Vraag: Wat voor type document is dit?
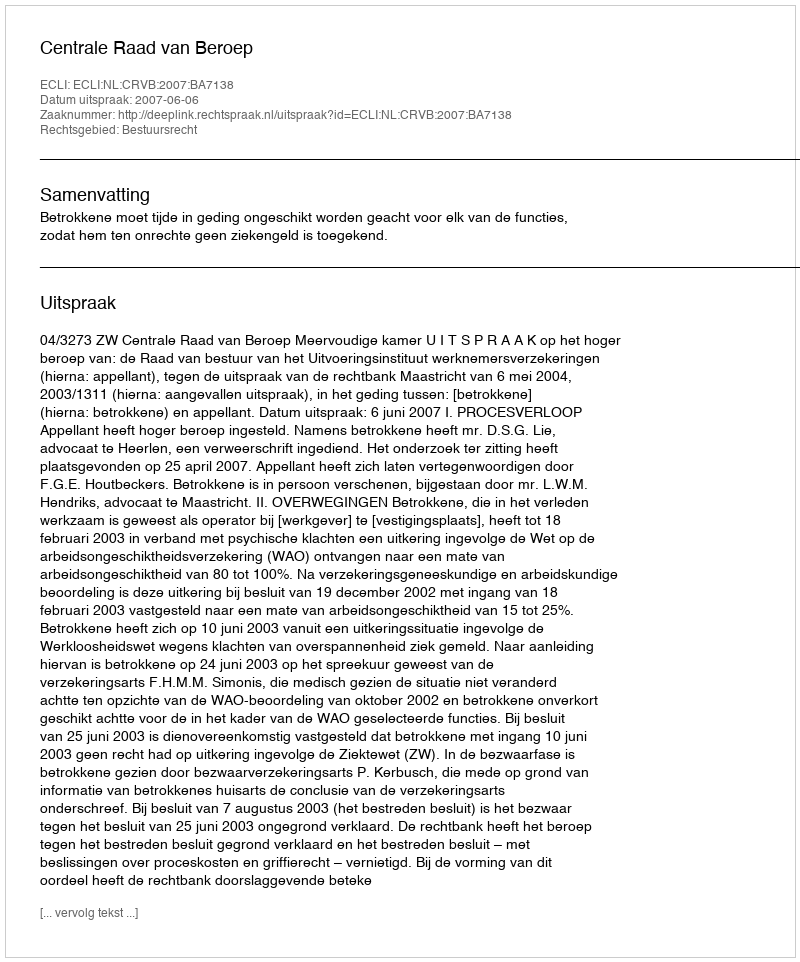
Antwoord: Uitspraak